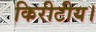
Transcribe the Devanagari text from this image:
किरीटीय।